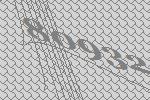
80932